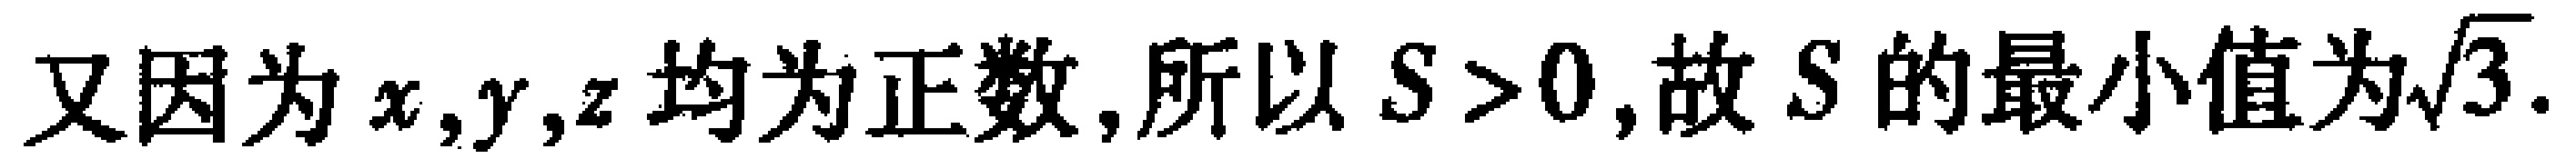
又因为\(x,y,z\)均为正数,所以\(S > 0\),故\(S\)的最小值为\(\sqrt{3}\).